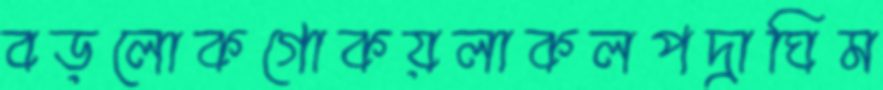
বড়লোকগোকয়লাকলপদ্রাঘিম